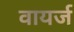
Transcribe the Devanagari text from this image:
वायर्ज